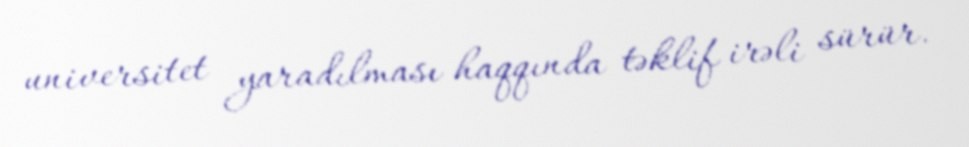
universitet yaradılması haqqında təklif irəli sürür.